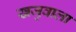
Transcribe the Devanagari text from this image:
खजुवाला